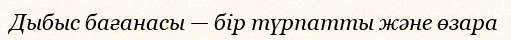
Дыбыс бағанасы — бір түрпатты және өзара